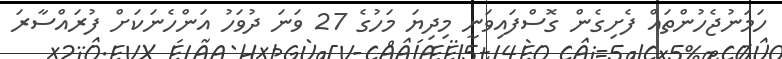
ހަމަނުޖެހުންތައް ފެށިގެން ގޮސްފައިވަނީ މިދިޔަ މަހުގެ 27 ވަނަ ދުވަހު އަންހެނަކަށް ފުރައްސާރަ